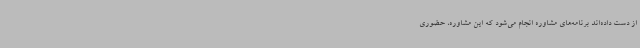
از دست داده‌اند برنامه‌های مشاوره انجام می‌شود که این مشاوره‌، حضوری